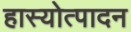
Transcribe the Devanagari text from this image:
हास्योत्पादन